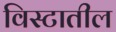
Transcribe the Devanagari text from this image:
विस्टातील